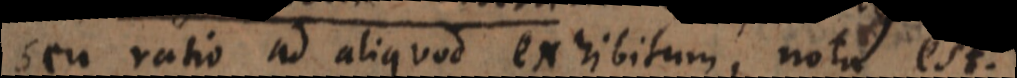
seu ratio ad aliquod exhibitum, nota est.